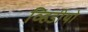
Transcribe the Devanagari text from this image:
व्हिडीयो